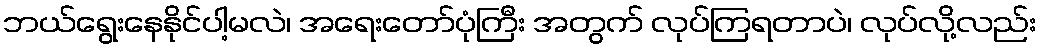
ဘယ်ရွေးနေနိုင်ပါ့မလဲ၊ အရေးတော်ပုံကြီး အတွက် လုပ်ကြရတာပဲ၊ လုပ်လို့လည်း